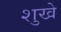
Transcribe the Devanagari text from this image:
शुखे